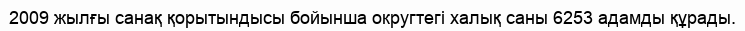
2009 жылғы санақ қорытындысы бойынша округтегі халық саны 6253 адамды құрады.